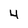
Character: 4